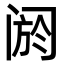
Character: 阏